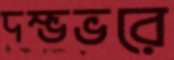
দম্ভভরে